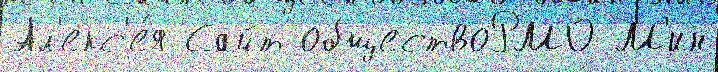
Ал'екс'е́я Сайт обществоРМО М'ин